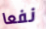
نفعا